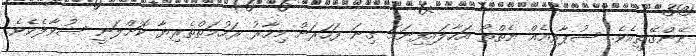
ނޭންގޭތީއެވެ. ސުޕާރިއެއް ނެތްތޯ އަހާލައިފިނަމަ ގިނަ ފަހަރަށް މިހާރު ރަހުމަތްތެރިޔާ ކޮށްލަނީ ސުވާލެކެވެ.